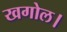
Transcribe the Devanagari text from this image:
खगोल।